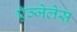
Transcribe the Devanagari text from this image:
ऍञ्जेलेस